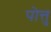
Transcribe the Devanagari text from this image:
पोत्तु